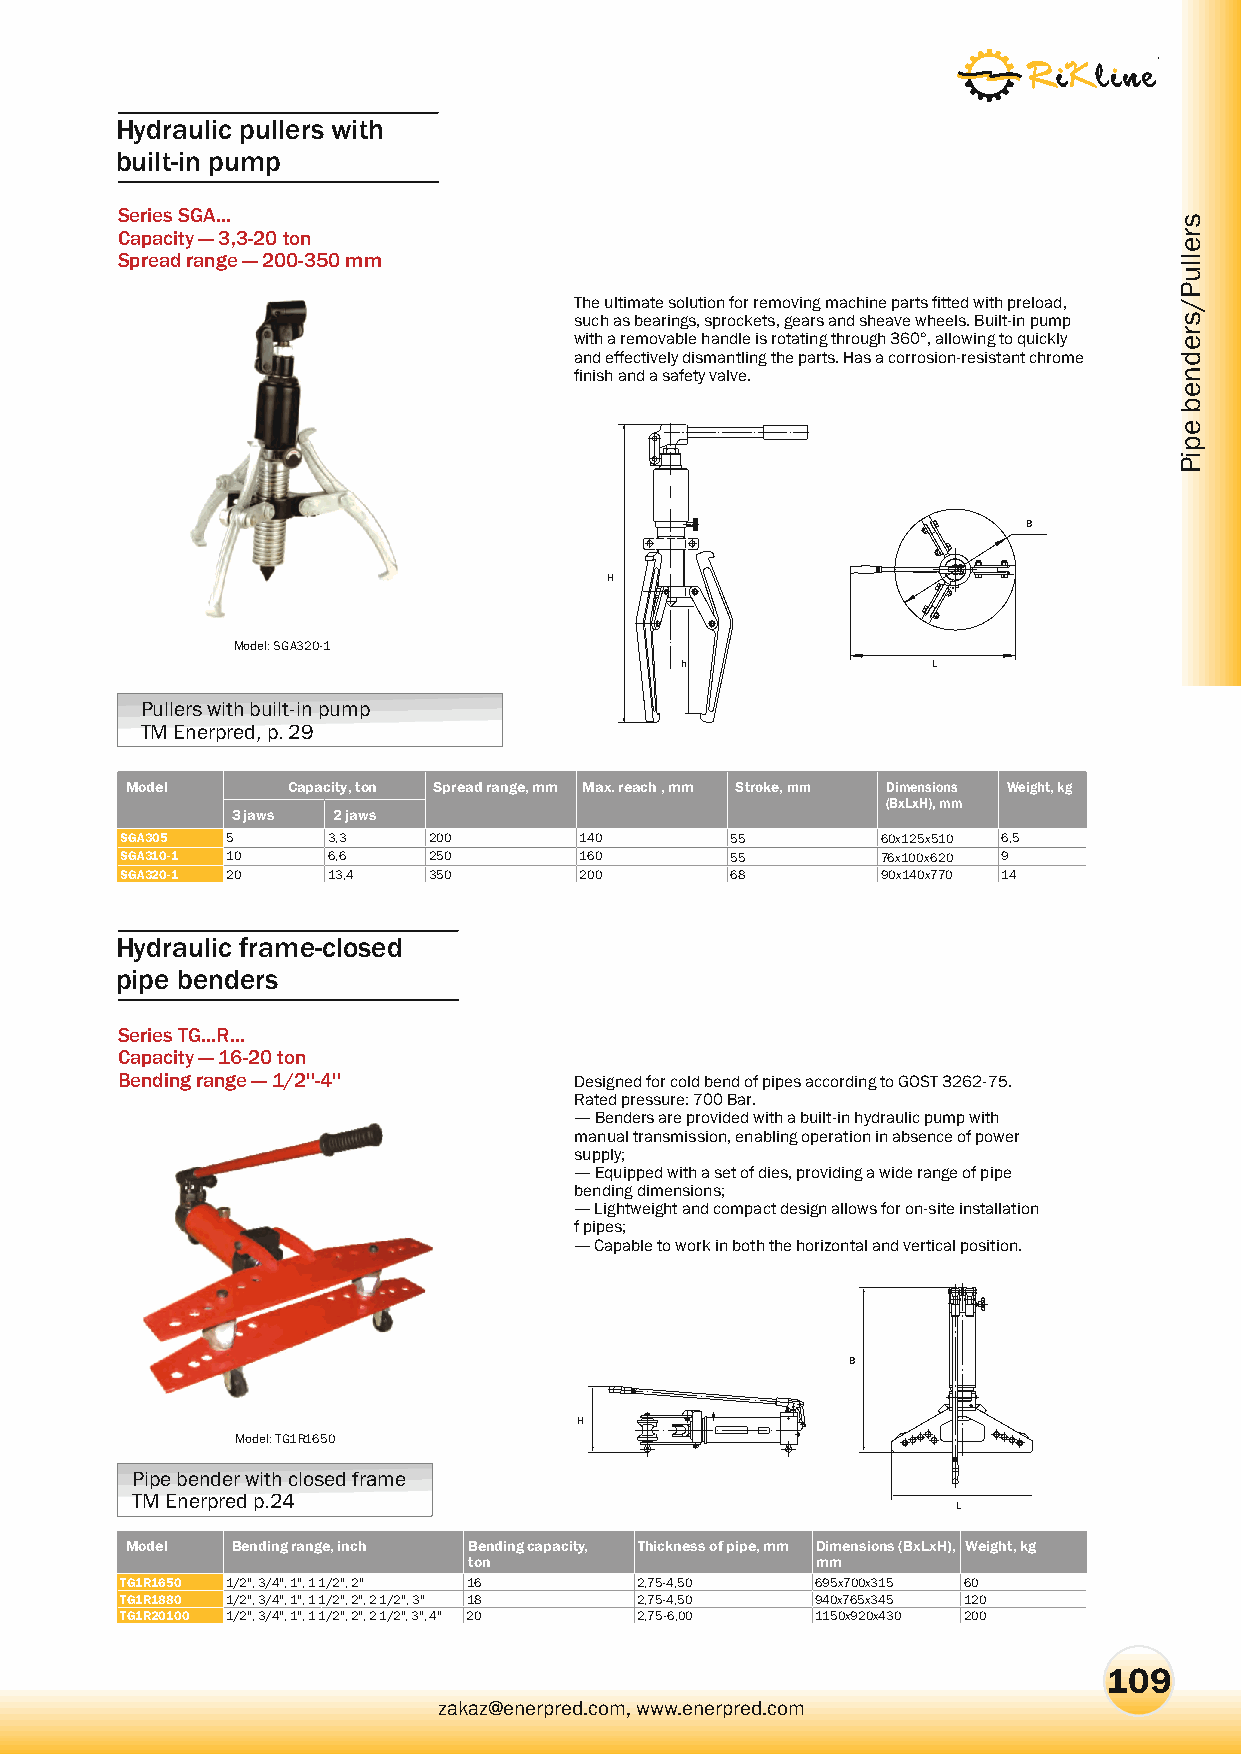
Hydraulic pullers with
 built-in pump
 Series SGA...
 Capacity — 3,3-20 ton
 Spread range — 200-350 mm
 The ultimate solution for removing machine parts fitted with preload,
 such as bearings, sprockets, gears and sheave wheels. Built-in pump
 with a removable handle is rotating through 360°, allowing to quickly
 and effectively dismantling the parts. Has a corrosion-resistant chrome
 finish and a safety valve.
 B
 H
 Model: SGA320-1
 h                L
 Pullers with built-in pump
 TM Enerpred, p. 29
 Model      Capacity, ton Spread range, mm Max. reach , mm Stroke, mm Dimensions Weight, kg
 (BxLxH), mm
 3 jaws 2 jaws
 SGA305 5      3,3   200       140       55        60õ125õ510 6,5
 SGA310-1 10   6,6   250       160       55        76õ100õ620 9
 SGA320-1 20   13,4  350       200       68        90õ140õ770 14
 Hydraulic frame-closed
 pipe benders
 Series TG...R...
 Capacity — 16-20 ton
 Bending range — 1/2''-4''     Designed for cold bend of pipes according to GOST 3262-75.
 Rated pressure: 700 Bar.
 — Benders are provided with a built-in hydraulic pump with
 manual transmission, enabling operation in absence of power
 supply;
 — Equipped with a set of dies, providing a wide range of pipe
 bending dimensions;
 — Lightweight and compact design allows for on-site installation
 f pipes;
 — Capable to work in both the horizontal and vertical position.
 B
 H
 Model: TG1R1650
 Pipe bender with closed frame
 TM Enerpred p.24
 L
 Model  Bending range, inch Bending capacity, Thickness of pipe, mm Dimensions (BxLxH), Weight, kg
 ton                    mm
 TG1R1650 1/2", 3/4", 1", 1 1/2", 2" 16 2,75-4,50 695õ700õ315 60
 TG1R1880 1/2", 3/4", 1", 1 1/2", 2", 2 1/2", 3" 18 2,75-4,50 940õ765õ345 120
 TG1R20100 1/2", 3/4", 1", 1 1/2", 2", 2 1/2", 3", 4" 20 2,75-6,00 1150õ920õ430 200
 109
 zakaz@enerpred.com, www.enerpred.com
 srelluP/sredneb
 epiP